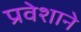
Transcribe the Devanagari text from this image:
प्रवेशाने